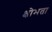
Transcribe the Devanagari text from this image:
क्षोभता